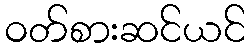
ဝတ်စားဆင်ယင်